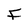
Character: I